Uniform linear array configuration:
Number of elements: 8
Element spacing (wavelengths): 0.25
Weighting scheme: exponential
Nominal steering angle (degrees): -45
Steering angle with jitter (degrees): -45.185
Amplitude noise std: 0.05
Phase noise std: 0.05

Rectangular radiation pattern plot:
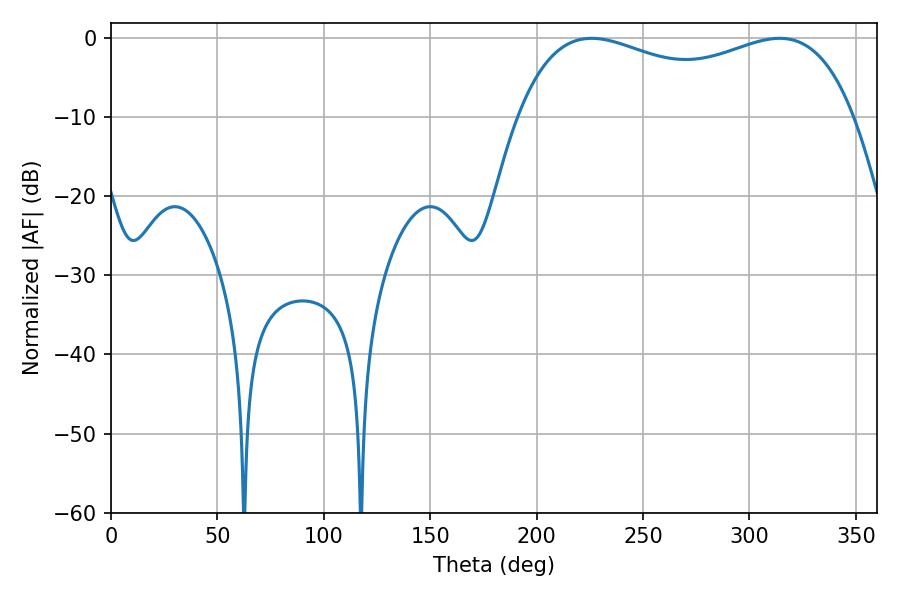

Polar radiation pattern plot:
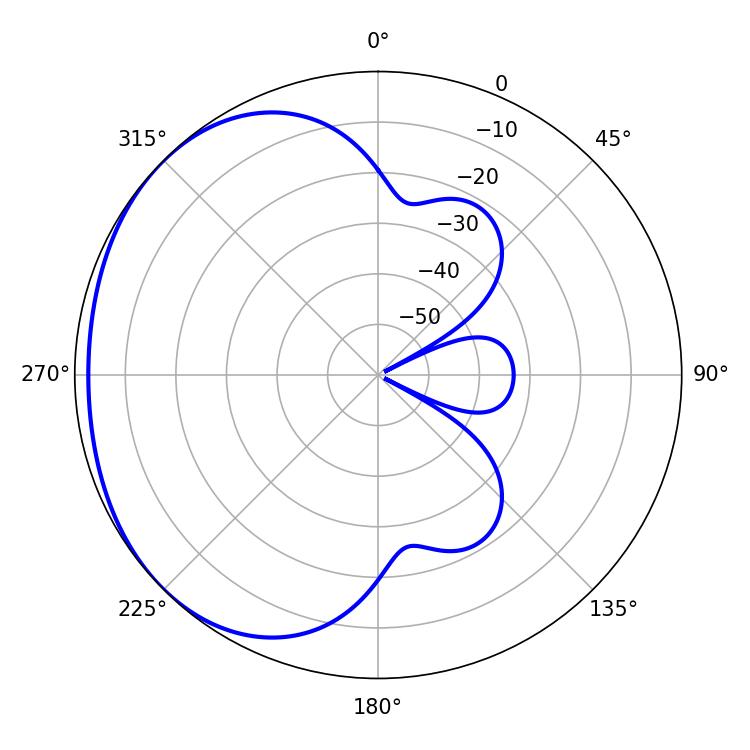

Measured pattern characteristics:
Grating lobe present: FALSE
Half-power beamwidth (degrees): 130.32
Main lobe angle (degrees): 225.9